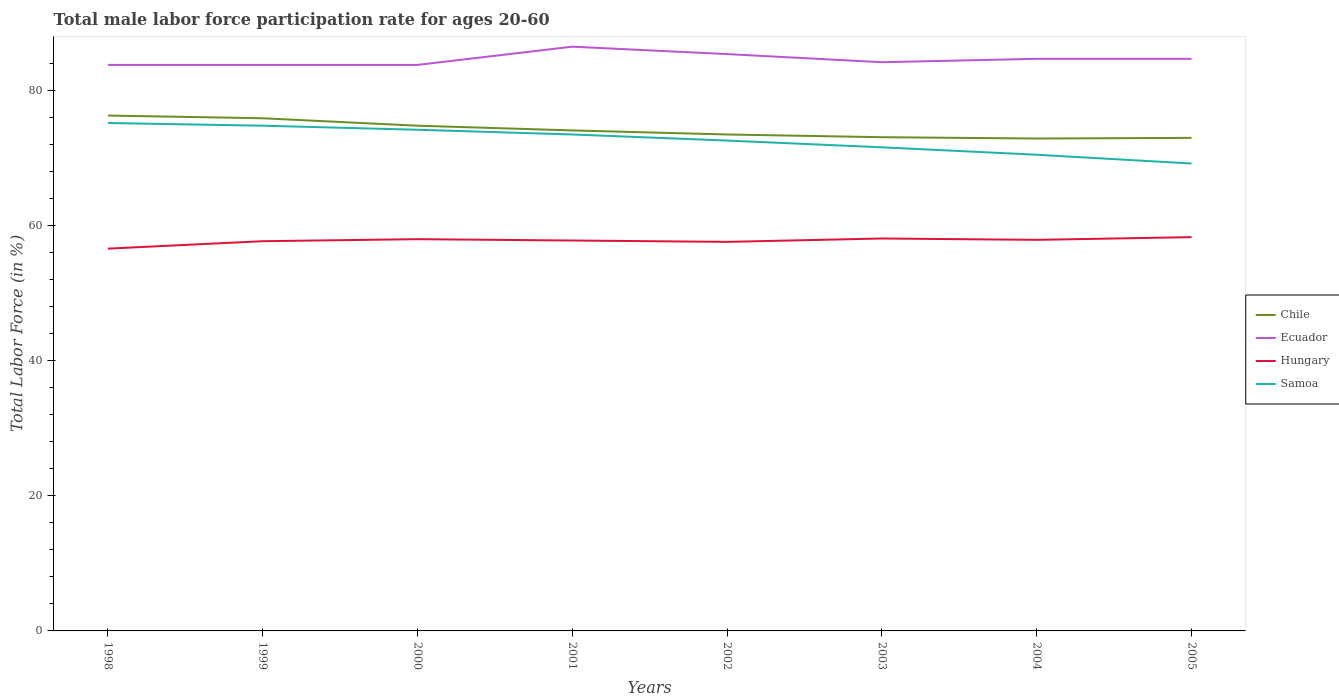
| Years | Chile | Ecuador | Hungary | Samoa |
 | --- | --- | --- | --- | --- |
 | 1998 | 76.3 | 83.8 | 56.6 | 75.2 |
 | 1999 | 75.9 | 83.8 | 57.7 | 74.8 |
 | 2000 | 74.8 | 83.8 | 58 | 74.2 |
 | 2001 | 74.1 | 86.5 | 57.8 | 73.5 |
 | 2002 | 73.5 | 85.4 | 57.6 | 72.6 |
 | 2003 | 73.1 | 84.2 | 58.1 | 71.6 |
 | 2004 | 72.9 | 84.7 | 57.9 | 70.5 |
 | 2005 | 73 | 84.7 | 58.3 | 69.2 |